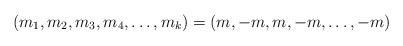
LaTeX: \begin{align*}(m_{1},m_{2},m_{3},m_{4},\ldots ,m_{k})=(m ,-m,m,-m,\ldots ,-m)\end{align*}